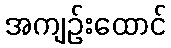
အကျဉ်းထောင်